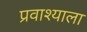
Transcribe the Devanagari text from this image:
प्रवाश्याला